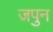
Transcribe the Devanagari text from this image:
जपुन